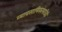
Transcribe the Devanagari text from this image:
व्यावसायिकांसाठीही